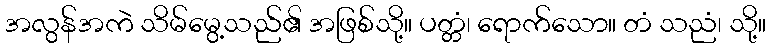
အလွန်အကဲ သိမ်မွေ့သည်၏ အဖြစ်သို့။ ပတ္တံ၊ ရောက်သော။ တံ သညံ၊ သို့။